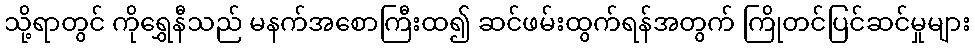
သို့ရာတွင် ကိုရွှေနီသည် မနက်အစောကြီးထ၍ ဆင်ဖမ်းထွက်ရန်အတွက် ကြိုတင်ပြင်ဆင်မှုများ